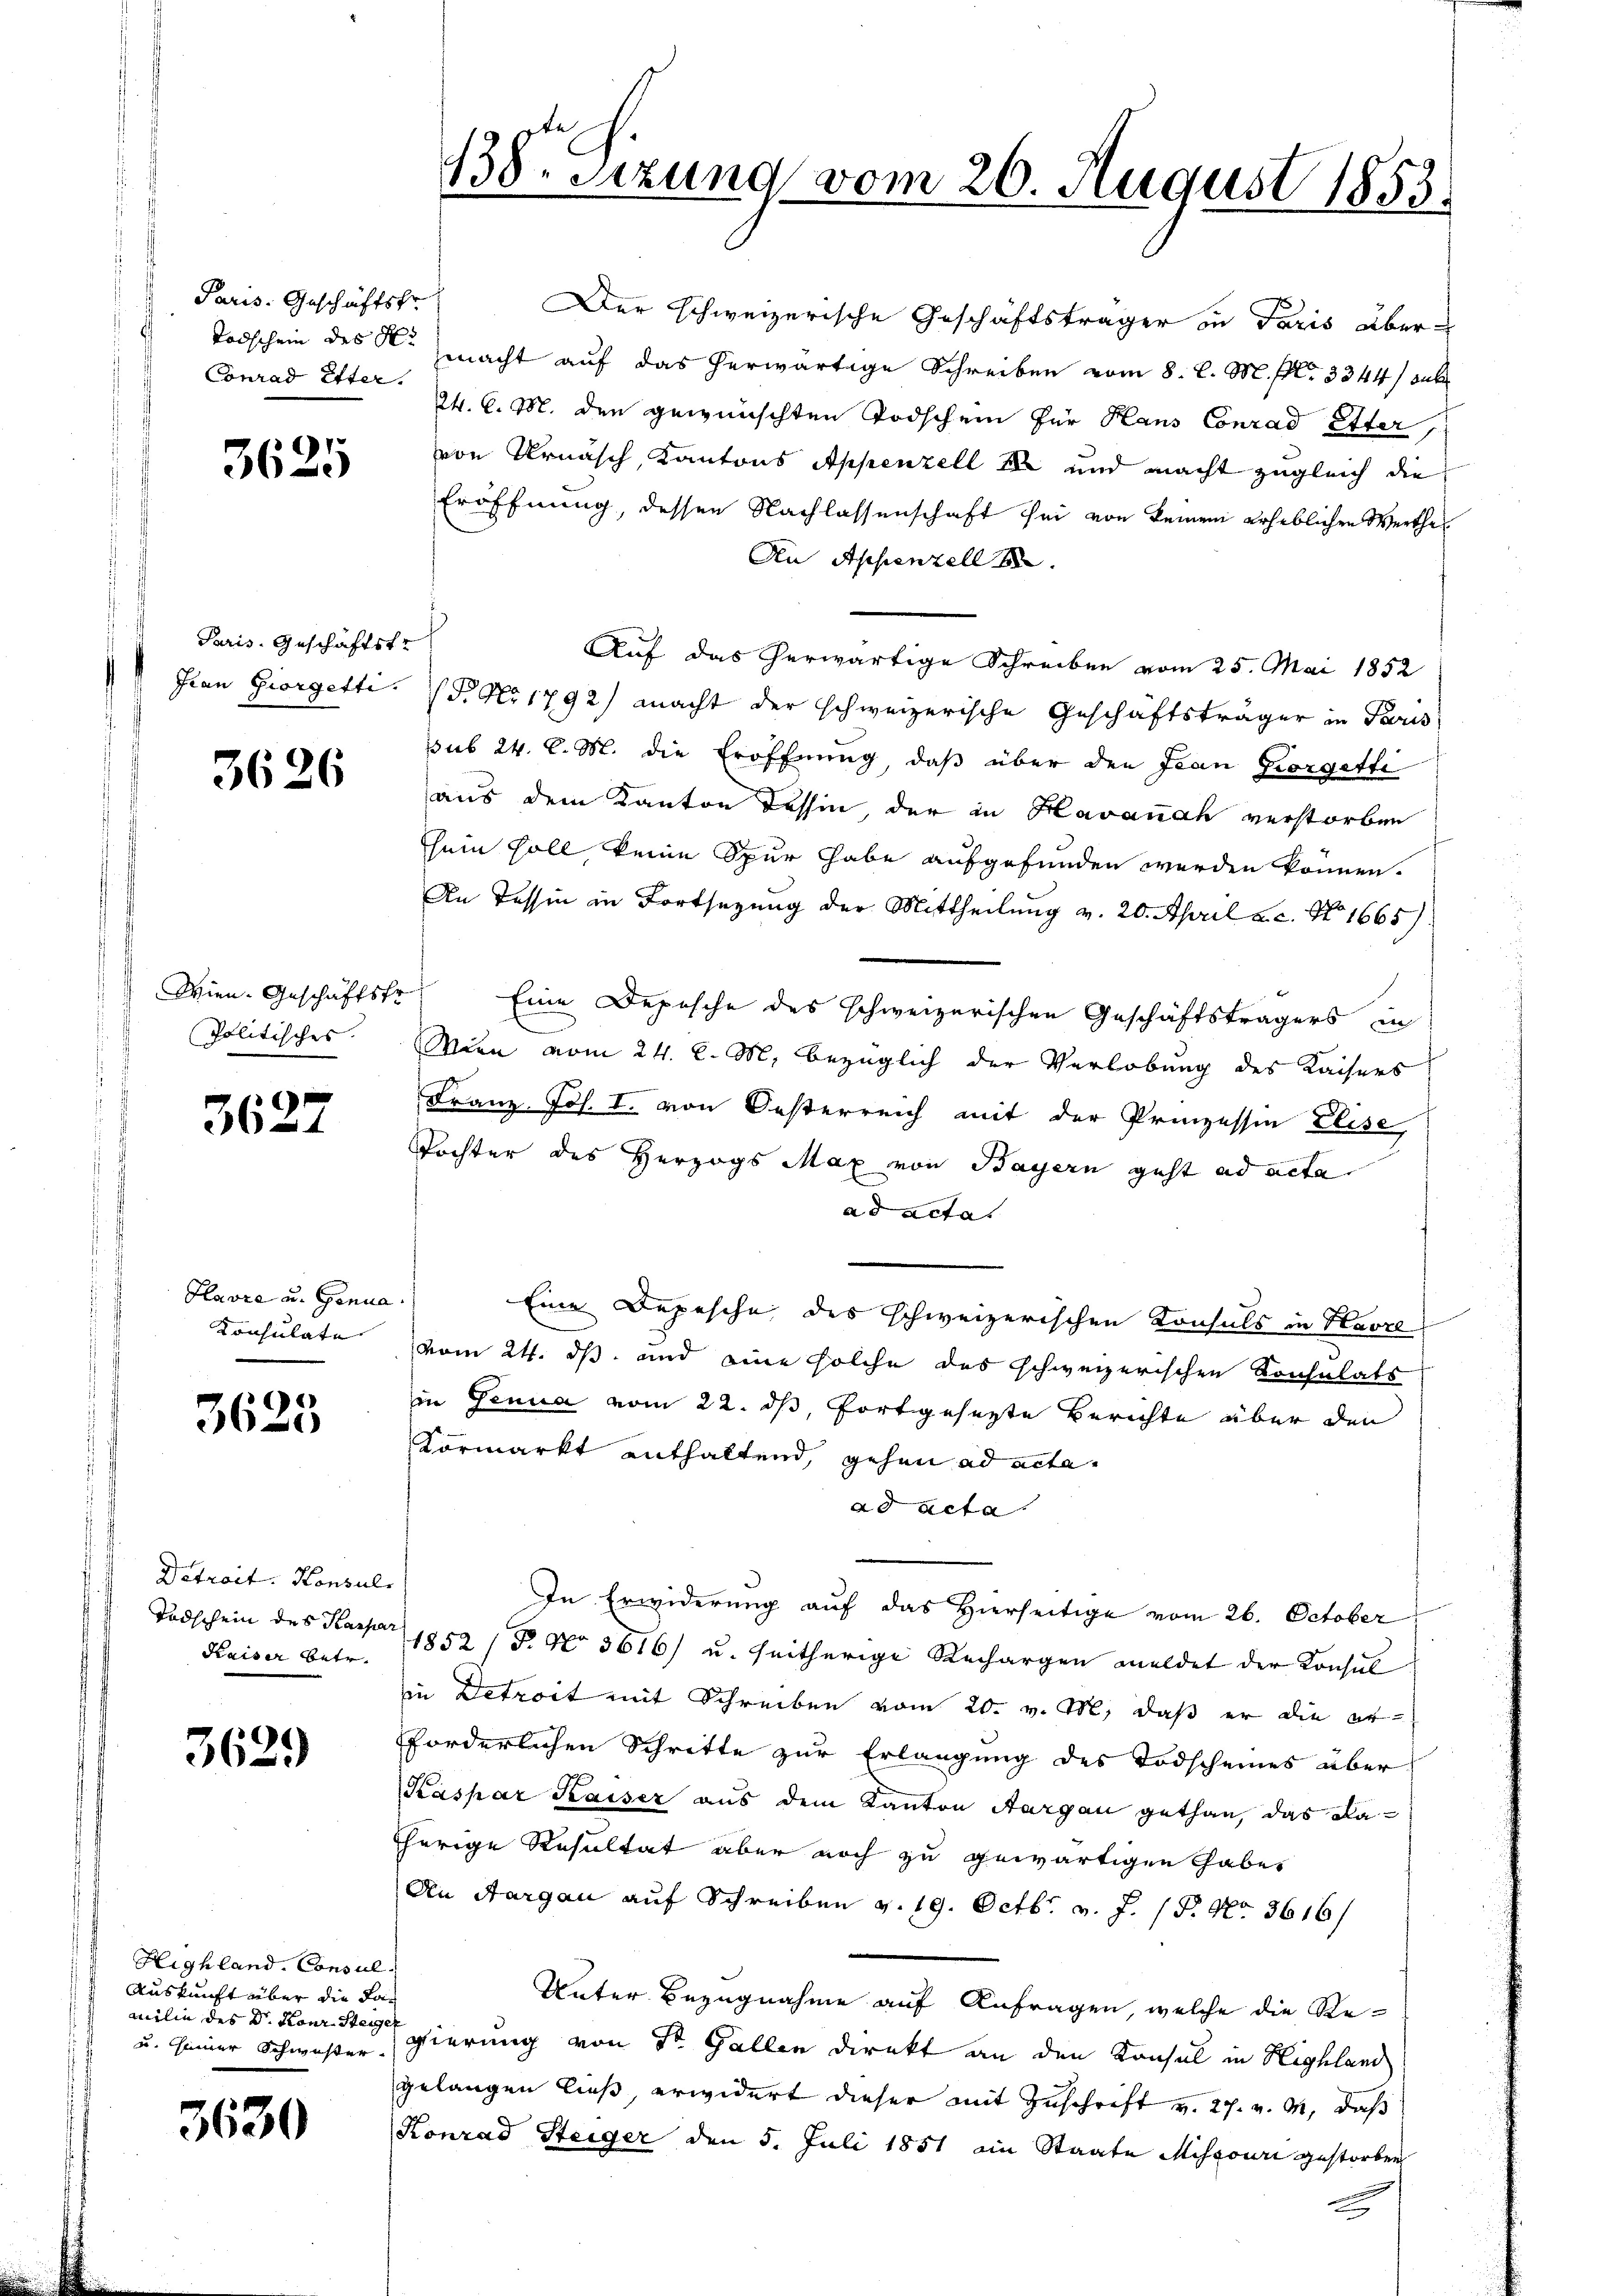
Paris. Geschäftsfr.
Conrad Etter.

3625

Paris, Geschäftstr

3626

Wien. Geschäftstr
Politisches.

3627

Havre u. Genua
Konsulate

3625

Detroit. Konsul,
Todschein des Kaspa
Kaiser betr.

3629

Highland. Consul
Auskunft über die Familie des Dr. Konz Steig
u. seiner Schwister.

3630

138. Sezung vom 26. August 1853.

Der schweizerische Geschäftsträger in Paris über¬
Todschein des N. macht auf das herwärtige Schreiben vom 8. d. M. f. 3344/ sub
2t. C. M. den gewünschten Todschein für Haus Conrad Etter,
von Urnäsch, Kantons Appenzell I und macht zugleich die
Eröffnung, dessen Nachlassenschaft sei von keinem erheblichen Werthe
An Appenzell b
Auf das herwärtige Schreiben vom 25. Mai 1852
Jran Giorgetti. (T. Nr 1792) macht der schweizerische Geschäftsträger in Paris
sub 24. l. M. die Eröffnung, daß über den Jean Giorgetti
aus dem Kanton Tessin der in Havannah verstorben
sein soll keine Spur habe aufgefunden werden können.
An Tessin in Fortsezung der Mittheilung v. 20. April a. c. No. 1665)
Eine Depesche des schweizerischen Geschäftsträgers in
Wien vom 24. d. M. bezüglich der Verlobung des Kaisers
Franz Jos. I. von Oesterreich mit der Prinzessin Elise,
Tochter des Herzogs Max von Bayern geht ad acta
ad acta.
Eine Depesche des schweizerischen Konsuls in Havre
vom 24. ds. und eine solche das schweizerischen Konsulats
in Genua vom 22. dß, fortgesezte Berichte über den
vormarkt enthaltend, gehen ad acta
ad acta
In Erwiderung auf das Hierseitige vom 26. October
1852 / P. No 3616) u. seitherige Rechargen meldet der Konsul
in Detroit mit Schreiben vom 20. v. M. daß er die erforderlichen Schritte zur Erlangung des Todscheines über
Kaspar Kaiser aus dem Kanton Aargau gethan, das Faherige Resultat aber noch zu gewärtigen habes
An Aargau auf Schreiben v. 19. Octbr. v. J. 18. No 3616/
Unter Bezugnahme auf Anfragen, welche die Ref
gierung von St. Gallen direkt an den Konsul in Highland
gelangen ließ, erwidert dieser mit Zuschrift v. 27. v. M. daß
Konrad Steiger den 5. Juli 1851 ein Staate Missouri gestorben
d